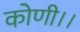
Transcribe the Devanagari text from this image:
कोणी।।